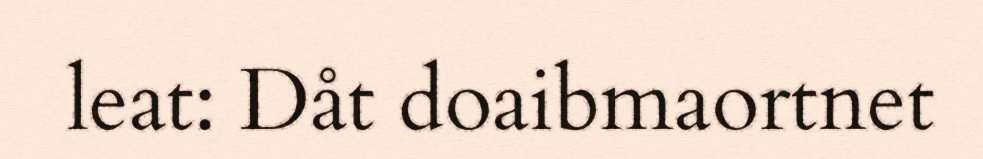
leat: Dåt doaibmaortnet